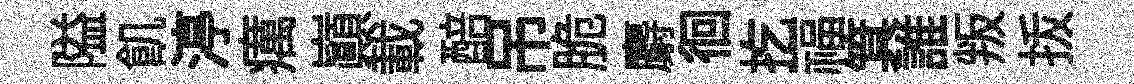
隘飢渟癘巔載醅吊脆麝徊扢福箕誰叛㧞